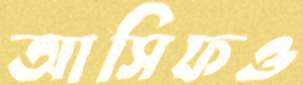
আসিফও